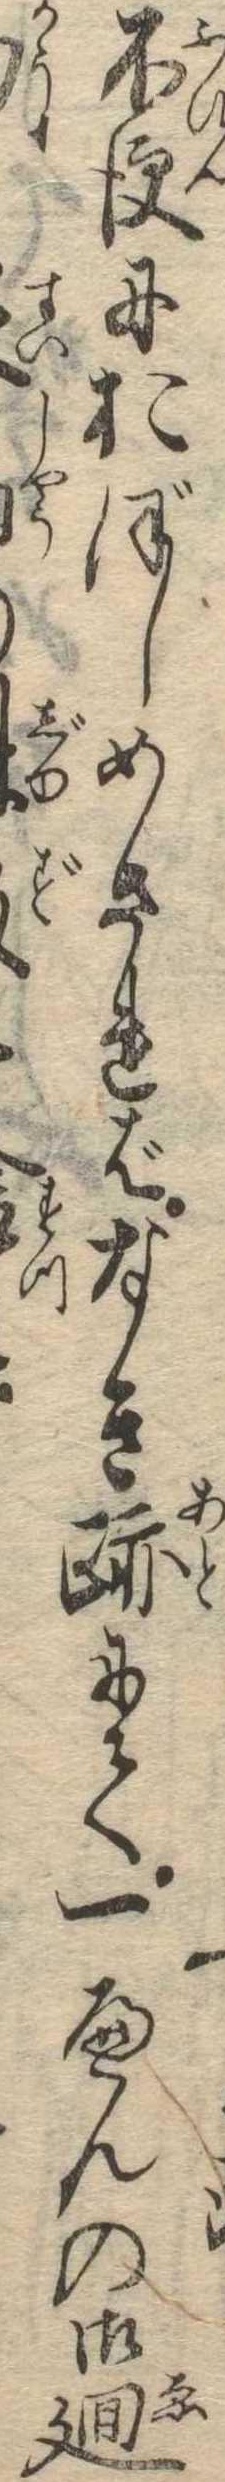
不便におぼしめさればなき跡にて一へんの御廻